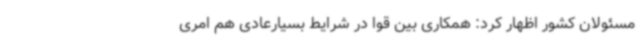
مسئولان کشور اظهار کرد: همکاری بین قوا در شرایط بسیارعادی هم امری